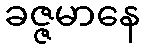
ခဇ္ဇမာနေ